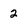
Character: 2